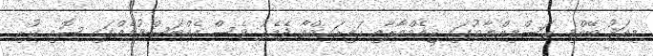
މިއަދު ބޭއްވި ރަސްމިއްޔާތުގައި ޖީއެމްއާރާއި ހައިރައިޒްއާ ދެމެދު ވެސް އެއްބަސްވުމެއްގައި ސޮއި ކުރި